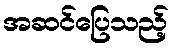
အဆင်ပြေသည့်